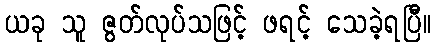
ယခု သူ ဇွတ်လုပ်သဖြင့် ဖရင့် သေခဲ့ရပြီ။